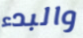
والبدء